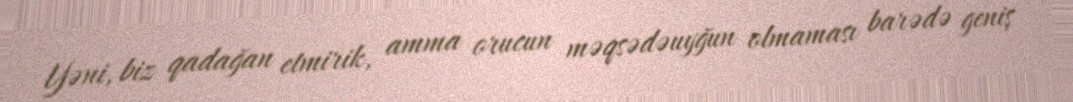
Yəni, biz qadağan etmirik, amma orucun məqsədəuyğun olmaması barədə geniş